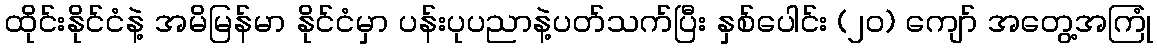
ထိုင်းနိုင်ငံနဲ့ အမိမြန်မာ နိုင်ငံမှာ ပန်းပုပညာနဲ့ပတ်သက်ပြီး နှစ်ပေါင်း (၂၀) ကျော် အတွေ့အကြုံ